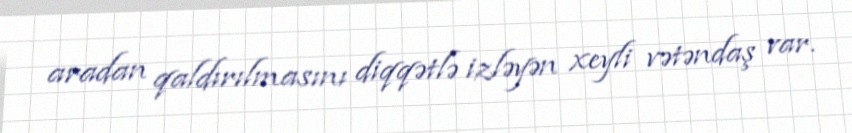
aradan qaldırılmasını diqqətlə izləyən xeyli vətəndaş var.